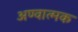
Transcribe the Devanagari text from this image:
अण्वात्मक